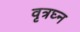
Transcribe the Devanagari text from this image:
वृत्रघ्न